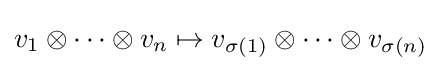
v_{1}\otimes \cdots \otimes v_{n}\mapsto v_{\sigma (1)}\otimes \cdots \otimes v_{\sigma (n)}